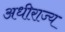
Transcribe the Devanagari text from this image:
अधीराज्य